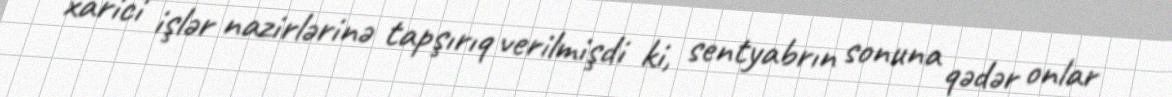
xarici işlər nazirlərinə tapşırıq verilmişdi ki, sentyabrın sonuna qədər onlar